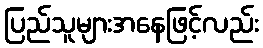
ပြည်သူများအနေဖြင့်လည်း